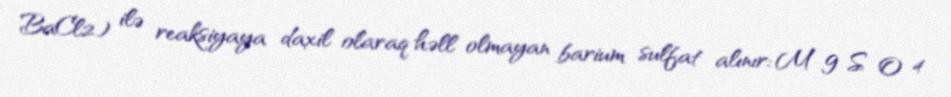
BaCl2) ilə reaksiyaya daxil olaraq həll olmayan barium sulfat alınır: M g S O 4